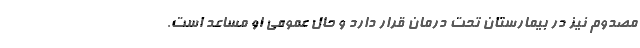
مصدوم نیز در بیمارستان تحت درمان قرار دارد و حال عمومی او مساعد است.